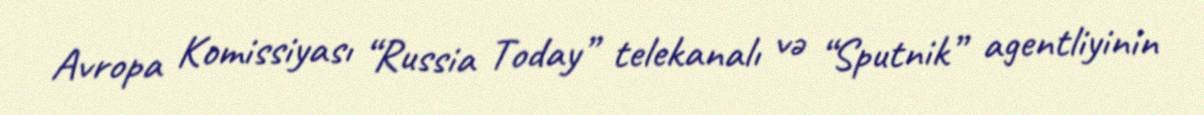
Avropa Komissiyası “Russia Today” telekanalı və “Sputnik” agentliyinin